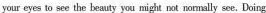
your eyes to see the beauty you might not normally see.Doing